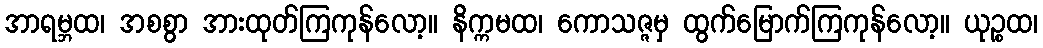
အာရမ္ဘထ၊ အစစွာ အားထုတ်ကြကုန်လော့။ နိက္ကမထ၊ ကောသဇ္ဇမှ ထွက်မြောက်ကြကုန်လော့။ ယုဉ္စထ၊